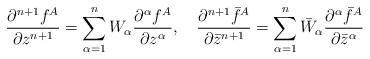
\begin{align*}\frac{\partial ^{n+1}f^A}{\partial z^{n+1}}=\sum _{\alpha =1}^n W_{\alpha}\frac{\partial ^{\alpha}f^A}{\partial z^{\alpha}},\quad\frac{\partial ^{n+1}\bar{f}^A}{\partial \bar{z}^{n+1}}=\sum _{\alpha =1}^n \bar{W}_{\alpha}\frac{\partial ^{\alpha}\bar{f}^A}{\partial \bar{z}^{\alpha}}\end{align*}